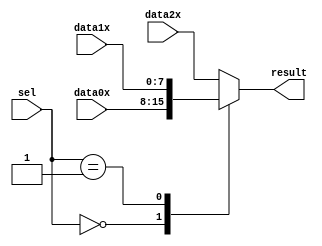
`timescale 1 ps / 1 ps

module mux3to1_8bit (
	data0x,
	data1x,
	data2x,
	sel,
	result);

	input	[7:0]  data0x;
	input	[7:0]  data1x;
	input	[7:0]  data2x;
	input	[1:0]  sel;
	output reg [7:0]  result;

	always @(*)
	begin
		case (sel)
			2'b00: result <= data0x;
			2'b01: result <= data1x;
			2'b10: result <= data2x;
			default: result <= data2x;
		endcase
	end
	
endmodule